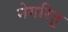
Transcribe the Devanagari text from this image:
नेगरितू